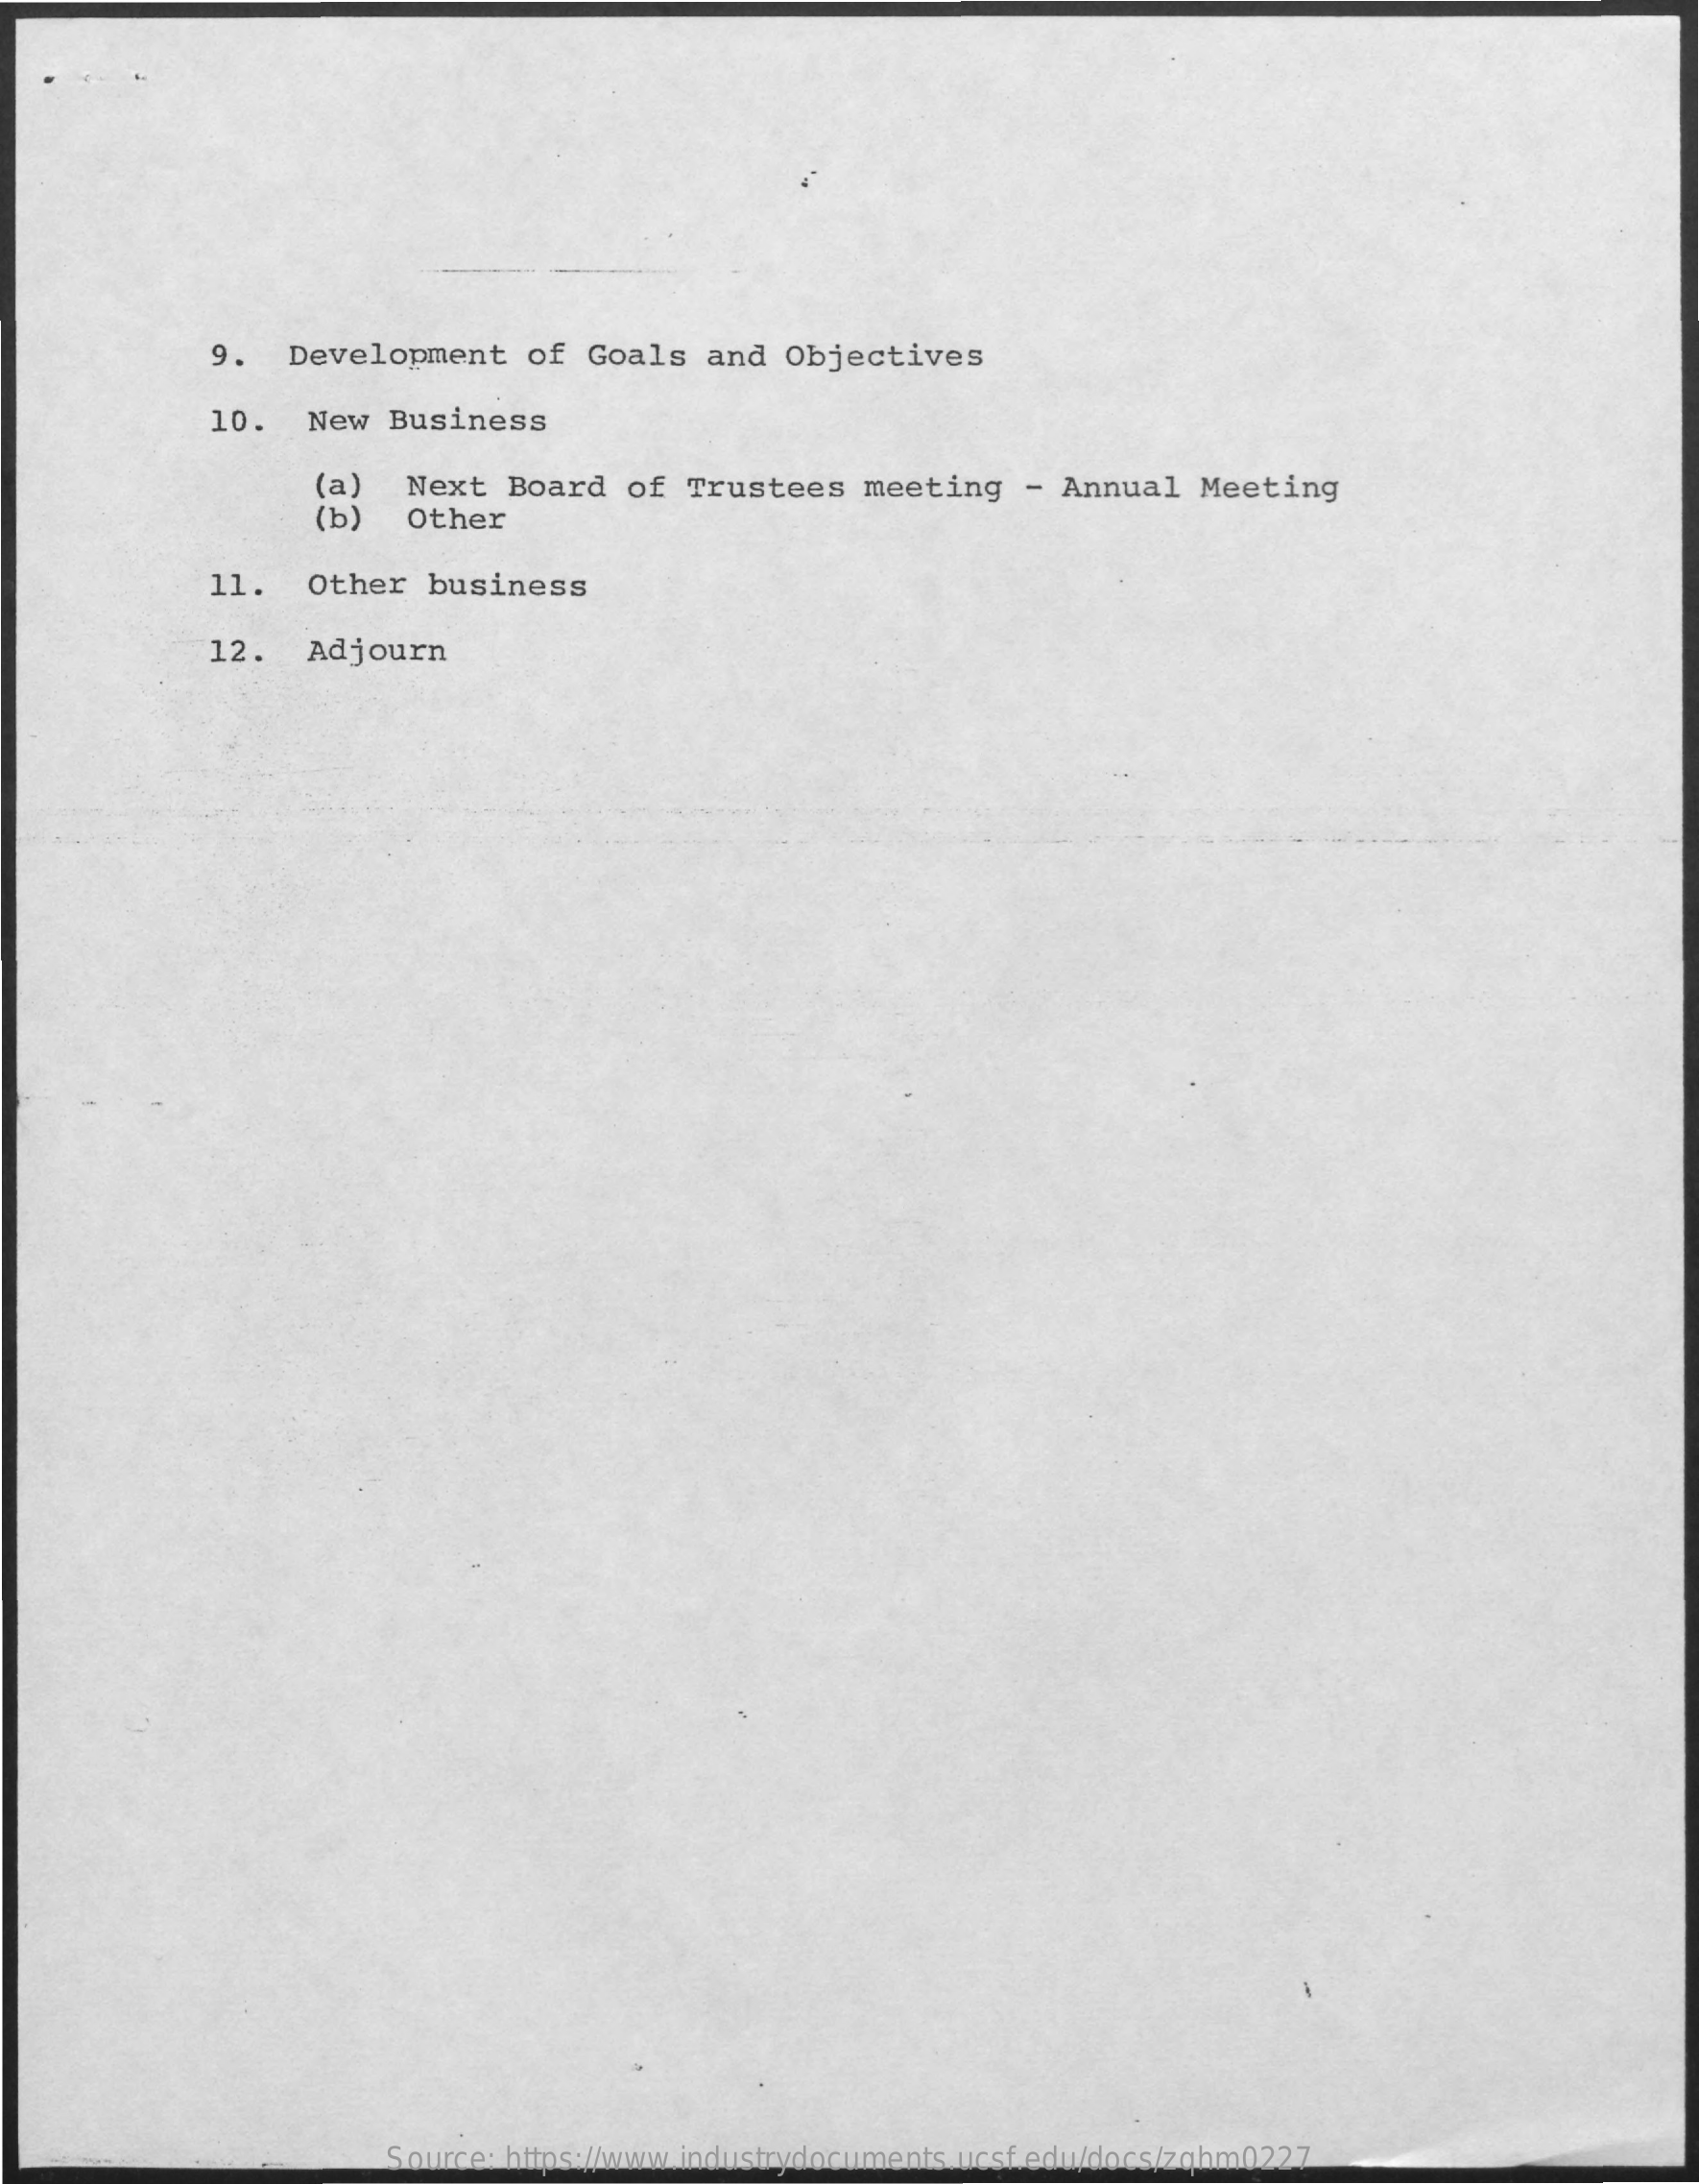
9.   Development    of Goals   and  Objectives
     10.   New  Business
     (a)
     (b)
     Next  Board   of  Trustees   meeting    - Annual  Meeting
     Other
     11.   Other  business
     12.   Adjourn
     Source: https://www.industrydocuments.ucsf.edu/docs/zqhm0227